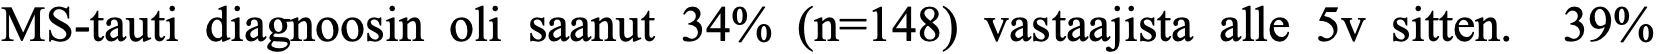
MS-tauti diagnoosin oli saanut 34% (n=148) vastaajista alle 5v sitten. 39%